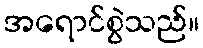
အရောင်စွဲသည်။